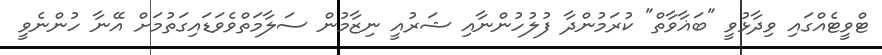
ޓްވީޓެއްގައި ވިދާޅުވީ "ބަޣާވާތް" ކުރަމުންދާ ފުލުހުންނާއި ޝަރުއީ ނިޒާމުން ސަލާމަތްވެވަޑައިގަތުމަށް އޭނާ ހުންނެވީ